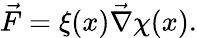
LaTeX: \begin{array}{r}{\vec{F}=\xi(x)\vec{\nabla}\chi(x).}\end{array}